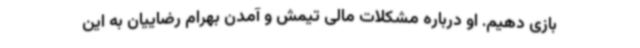
بازی دهیم. او درباره مشکلات مالی تیمش و آمدن بهرام رضاییان به این